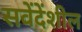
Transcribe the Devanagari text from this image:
सवेंदेंशील